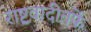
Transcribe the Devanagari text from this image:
राष्ट्रवादीतर्फे